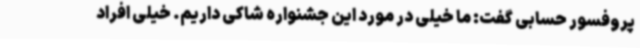
پروفسور حسابی گفت: ما خیلی در مورد این جشنواره شاکی داریم. خیلی افراد